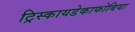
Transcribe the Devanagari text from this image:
ट्रिस्कायडेकाफोबिया